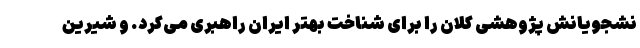
نشجویانش پژوهشی کلان را برای شناخت بهتر ایران راهبری می‌کرد. و شیرین